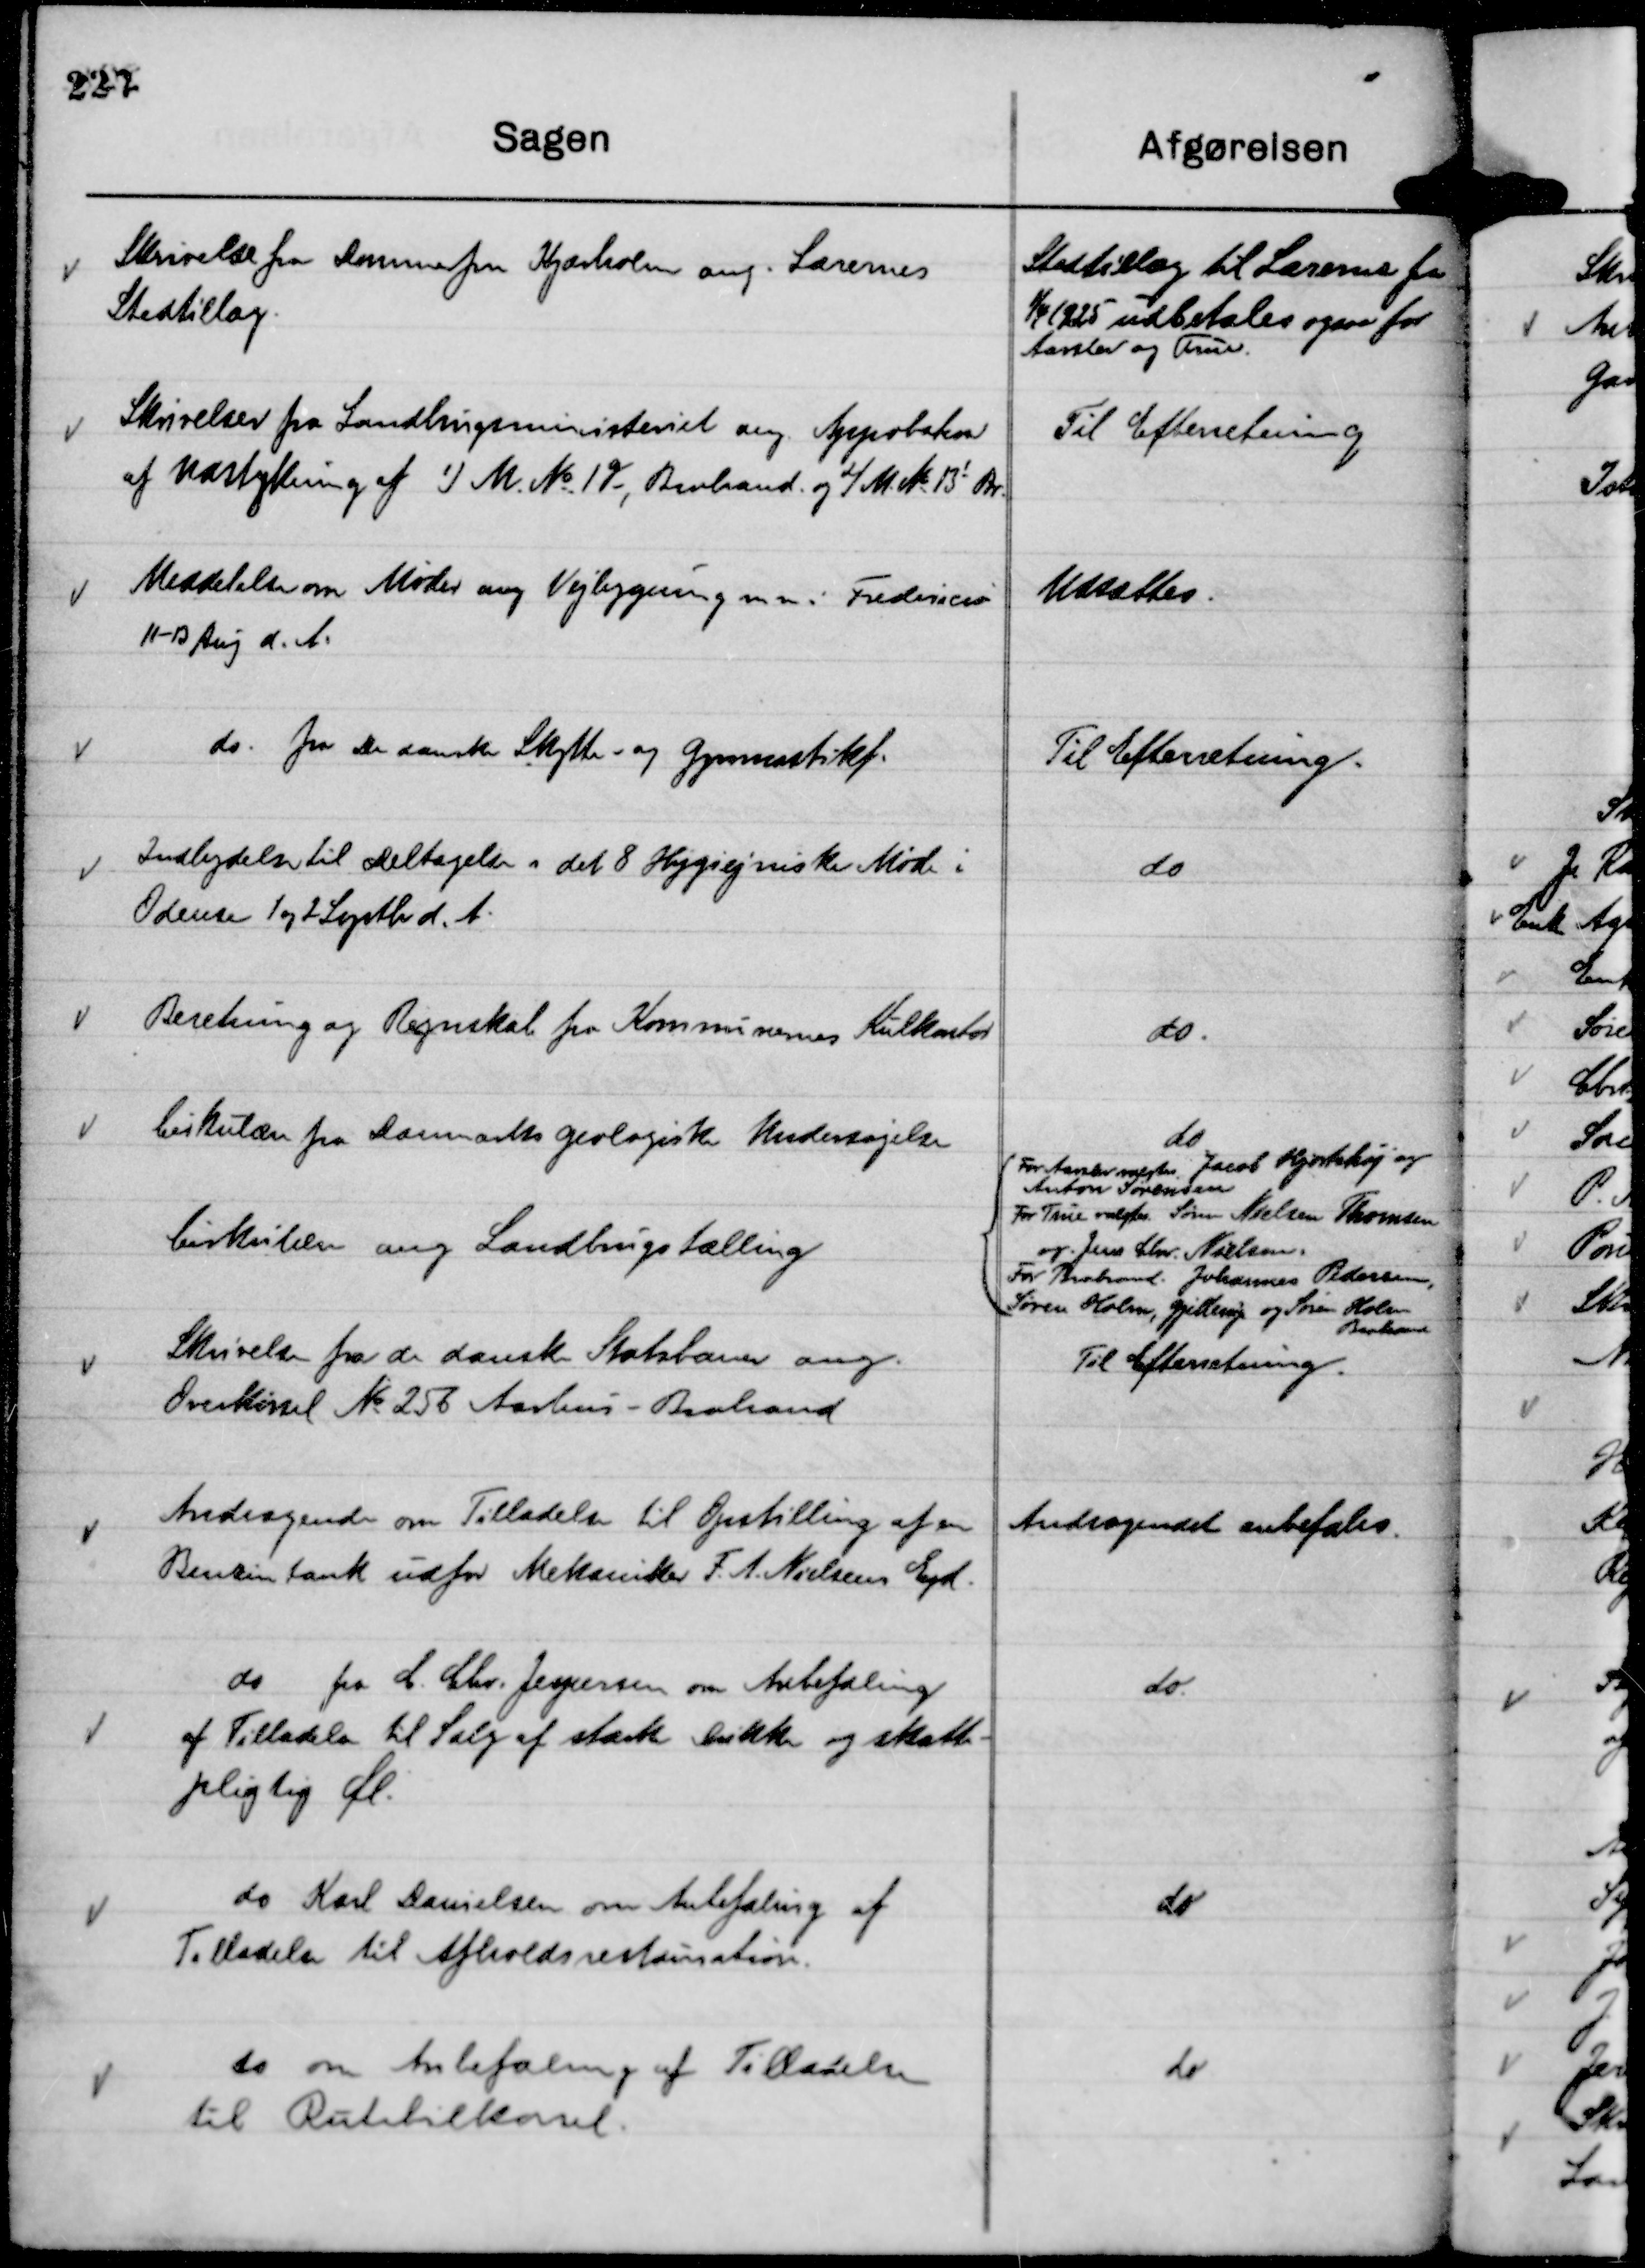
Transskription:
Skrivelse fra Dommerfm Kjærholm ang. Lærernes
Stedtillæg.

Stedtillæg til Lærerne fra

1/4 1925 udbetales ogsaa for
Aarslev og True.

Skrivelser fra Landbrugsministeriet ang. Appobation
af Udstykning af 1) M. No 1 g Brabrand og 2) M. No 13i Br

Til Efterretning

Meddelelse om Møder ang Vejbygning m m i Fredericia
11-13 Aug d. A.

Udsættes

do. fra Den danske Skytte- og Gymnastikf.

Til Efterretning.

Indbydelse til Deltagelse i det 8 Hygiejniske Møde i
Odense 1 og 2 Septbr d. A.

do

Beretning og Regnskab fra Kommunens Kulkontor

do

Cirkulære fra Danmarks geologiske Undersøgelse

do

Cirkulære ang Landbrugstælling

For Aarslev valgtes Jacob Hjortshøj og
Anton Sørensen
For True valgtes Søren Nielsen Thomsen
og . Jens Chr. Nielsen.
For Brabrand. Johannes Pedersen,
Søren Holm, Gjellerup og Søren Holm
Brabrand

Skrivelse fra de danske Statsbaner ang.
Overkørsel No 256 Aarhus - Brabrand

Til Efterretning.

Andragende om Tilladelse til Opstilling af en
Benzintank udfor Mekaniker F. A. Nielsens Ejd.

Andragendet anbefales.

do fra C. Chr. Jespersen om Anbefaling
af Tilladelse til Salg af stærke Drikke og skatte-
pligtig Øl.

do.

do Karl Danielsen om Anbefaling af
Tilladelse til Afholdsrestauration.

do

do om Anbefaling af Tilladelse
til Rutebilkørsel.

do